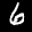
Label: 6